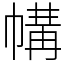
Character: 㡚